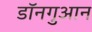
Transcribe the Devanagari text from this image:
डॉनगुआन